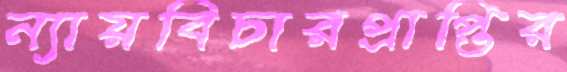
ন্যায়বিচারপ্রাপ্তির